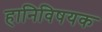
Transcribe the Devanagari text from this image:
हानिविषयक